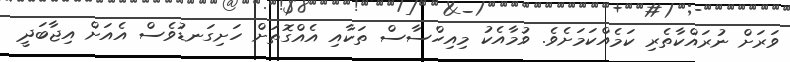
ވަރަށް ނުރައްކާތެރި ކަމެއްކަމަށެވެ. ވުމާއެކު މިއިހްސާސް ތަކާއި އެއްގޮތަށް ހަށިގަނޑުވެސް އެއަށް އިޖާބަދީ